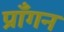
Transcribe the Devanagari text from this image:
प्राँगन